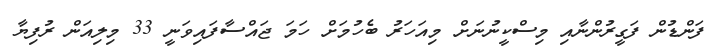
ފަންޑުން ފަގީރުންނާއި މިސްކީނުނަށް މިއަހަރު ބެހުމަށް ހަމަ ޖައްސާފައިވަނީ 33 މިލިއަން ރުފިޔާ